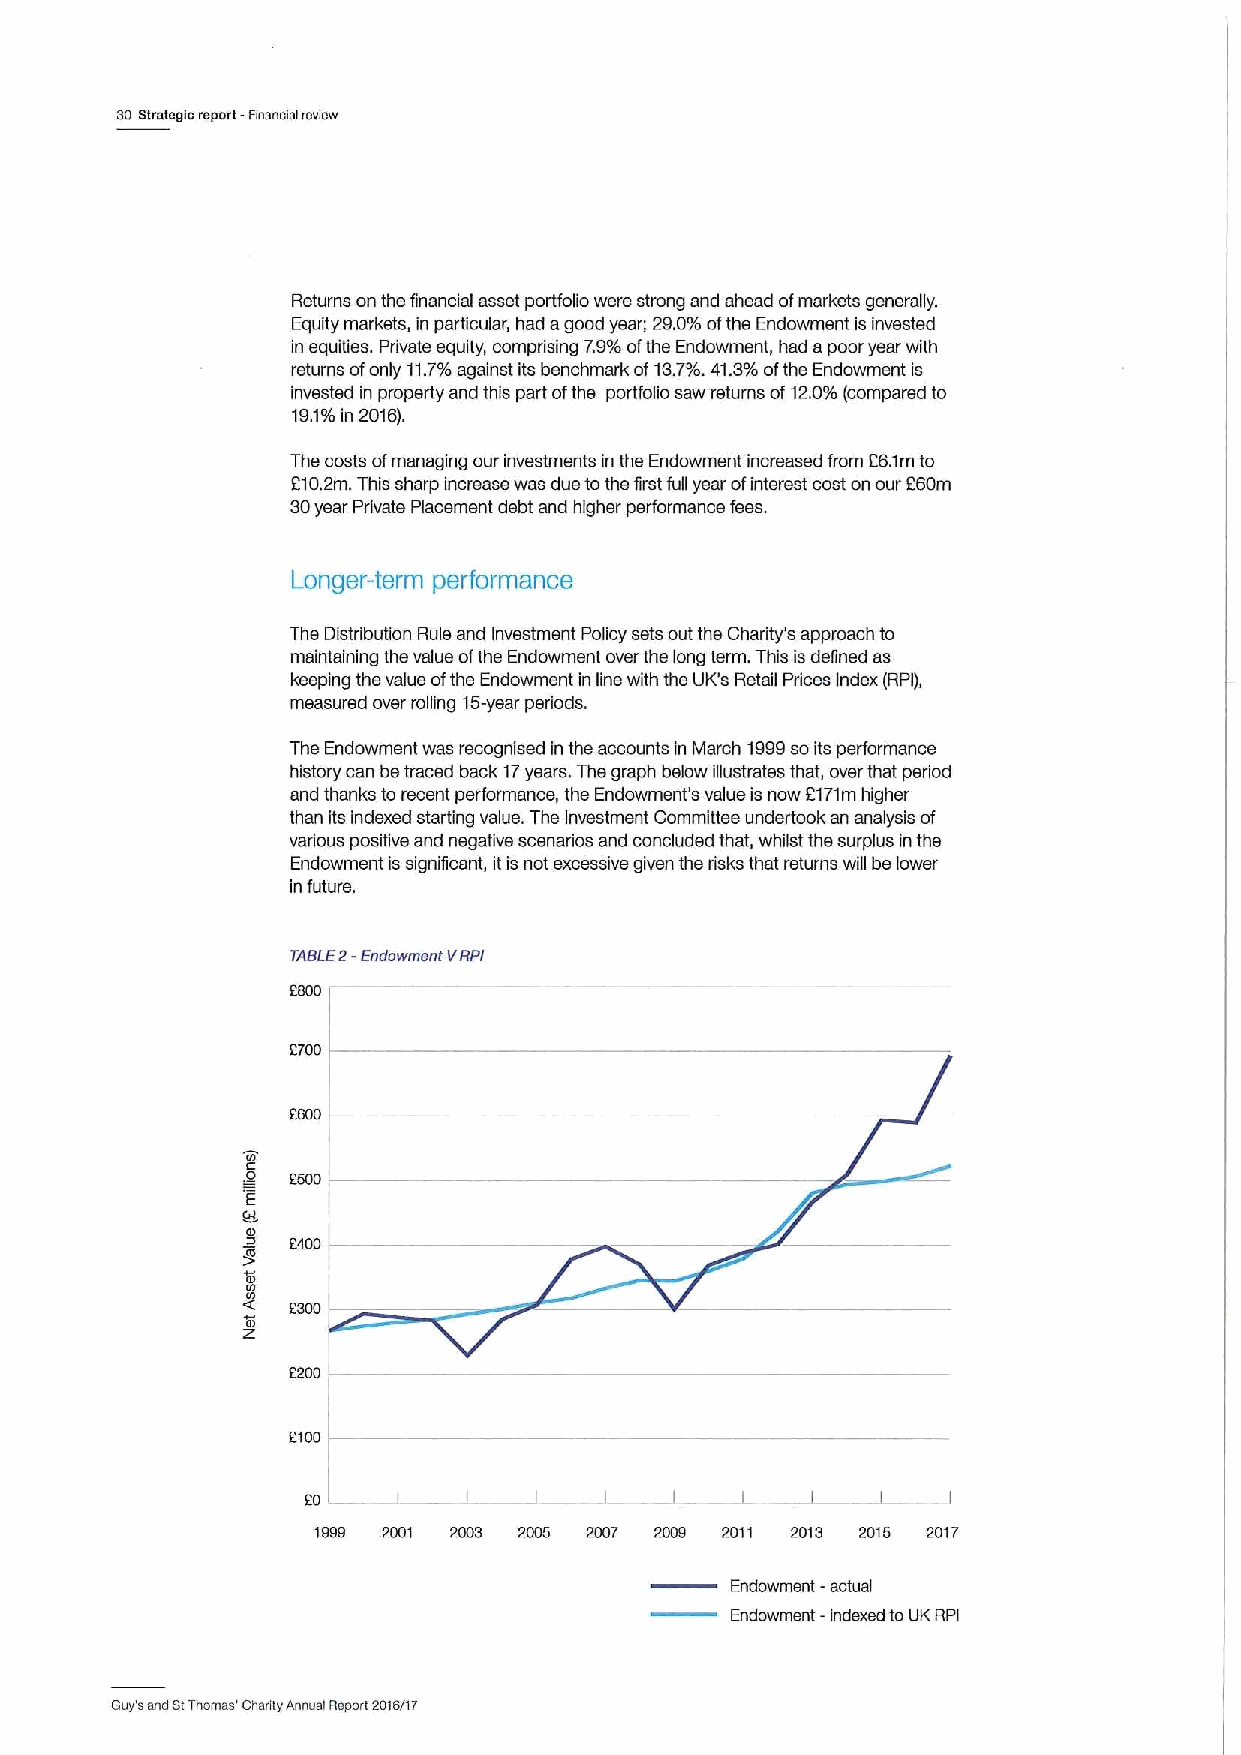
30 Strateslo report -Finanolal review
 Returns on the financial asset portfolio were strong and ahead ofmarkets generally.
 Equity markets, in particular, had agood year; 29.0%ofthe Endowment is invested
 in equities. Private equity, comprising 7.9%ofthe Endowment, had apoor year with
 returns ofonly 11.7%against its benchmark of13.7%.41.3%ofthe Endowment is
 invested in property and this part ofthe portfolio saw returns of12.0%(compared to
 19.1%oIn 2016).
 The costs ofmanaging our investments in the Endowment increased from 26.1mto
 2102m. This sharp increase was due tothe first full year ofinterest coston our 260m
 30year Private Placement debt and higher performance fees.
 Longer-term performance
 The Distribution Rule and Investment Policy sets out the Charity's approach to
 maintaining the value ofthe Endowment over the long term. This isdefined as
 keeping the value ofthe Endowment in line with the UK'3 Retail Prices Index (RPI),
 measured over rolling 16-year periods.
 The Endowment was recognised in the accounts in March 1999soits performance
 history can betraced back 17years. The graph below illustrates that, over that period
 and thanks to recent performance, the Endowment's value is now 071m higher
 than its indexed starting value. The Investment Committee undertook an analysis of
 various positive and negative scenarios and concluded that, whilst the surplus inthe
 Endowment is significant, itis not excessive given the risks that returns will be lower
 in future.
 2-
 TASLE Endowment VRPt
 2700
 2600
 2500
 E
 E400
 ts
 'I 2300
 E200
 E100
 I           —.    .L. . J
 EO    I        I    I    I            I
 —
 1999 2001 2003 2005 2007 2009 2011 2013 2016 2017
 Endowment -actual
 Endowment -indexed to UKRPI
 Guy's and stThomas' Cltanty Annual Report 2016/ir